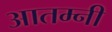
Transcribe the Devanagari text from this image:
आतम्नी